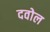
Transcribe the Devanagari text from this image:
दवोल